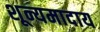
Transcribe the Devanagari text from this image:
शून्यमादाय